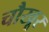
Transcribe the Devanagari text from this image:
चौखूर